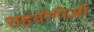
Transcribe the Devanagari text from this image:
सहयोगीओं